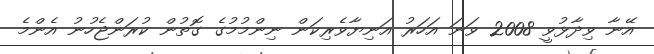
އޭނާ ވިދާޅުވީ 2008 ވަނަ އަހަރު އަނިޔާވެރިކަން ނިންމުމުގެ ގޮތުން ކުރަންޖެހުނު އެންމެ